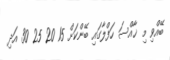
ބޭއްވި މި ޚާއްސަ ހަފްލާގައި ބޭންކަށް 15 20 25 30 އަދި